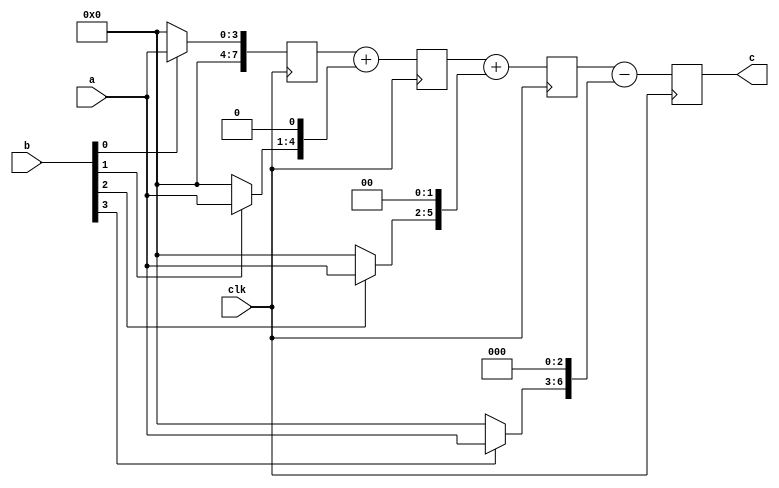
`timescale 1ns/1ps

module divider (
                  input clk,
                  input [3:0] a,
                  input [3:0] b,
                  output reg [7:0] c
                  );


   reg [7:0]      y0, y1, y2;

   always @(posedge clk) begin 
        y0 <= b[0]? a:0;
        y1 <= y0 + ((b[1]? a : 0)<<1);
        y2 <= y1 + ((b[2]? a : 0)<<2);
        c  <= y2 - ((b[3]? a : 0)<<3);
   end

endmodule